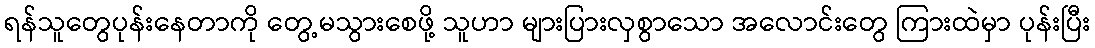
ရန်သူတွေပုန်းနေတာကို တွေ့မသွားစေဖို့ သူဟာ များပြားလှစွာသော အလောင်းတွေ ကြားထဲမှာ ပုန်းပြီး